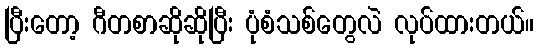
ပြီးတော့ ဂီတစာဆိုဆိုပြီး ပုံစံသစ်တွေလဲ လုပ်ထားတယ်။